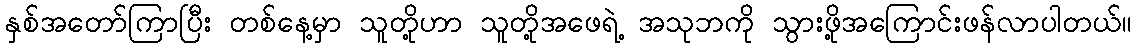
နှစ်အတော်ကြာပြီး တစ်နေ့မှာ သူတို့ဟာ သူတို့အဖေရဲ့ အသုဘကို သွားဖို့အကြောင်းဖန်လာပါတယ်။